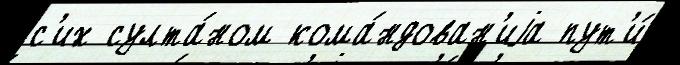
с'их султа́ном кома́ндован'иjа пут'и́